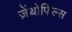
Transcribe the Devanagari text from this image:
ज़ेंथोफिल्स